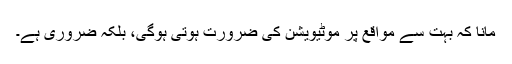
مانا کہ بہت سے مواقع پر موٹیویشن کی ضرورت ہوتی ہوگی، بلکہ ضروری ہے۔